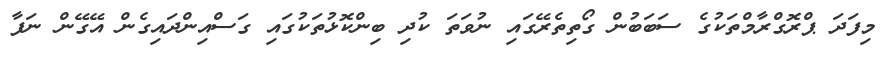
މިފަދަ ޕްރޮގްރާމްތަކުގެ ސަބަބުން ގޯތިތެރޭގައި ނުވަތަ ކުދި ބިންކޮޅުތަކުގައި ގަސްއިންދައިގެން އޭގޭން ނަފާ